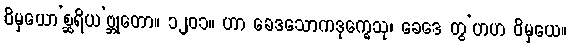
ဝိမှယော’စ္ဆရိယ’ဗ္ဘုတော။ ၁၂၀၁။ ဟာ ခေဒသောကဒုက္ခေသု၊ ခေဒေ တွ’ဟဟ ဝိမှယေ။